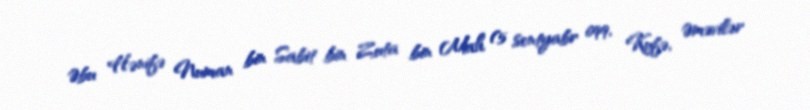
Əbu Hənifə Numan bin Sabit bin Zuta bin Mah (5 sentyabr 699, Kufə, Əməvilər